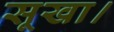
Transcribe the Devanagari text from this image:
सूखा।